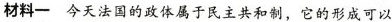
材料一 今天法国的政体属于民主共和制，它的形成可以